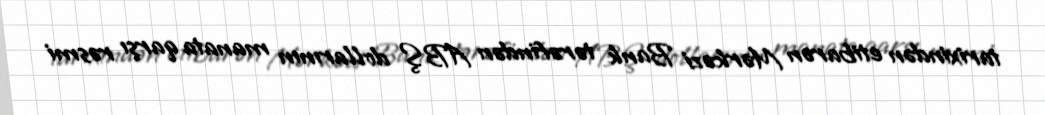
tarixindən etibarən Mərkəzi Bank tərəfindən ABŞ dollarının manata qarşı rəsmi